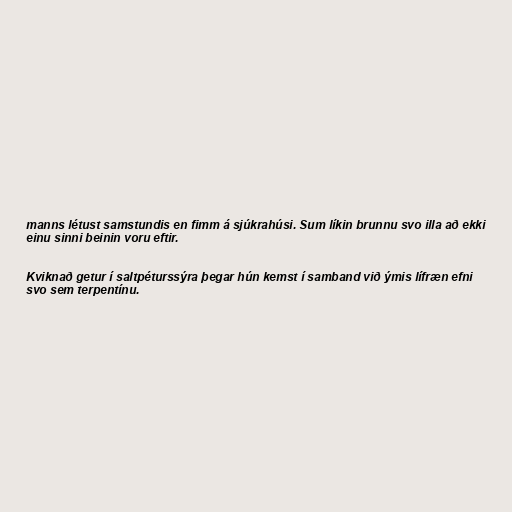
manns létust samstundis en fimm á sjúkrahúsi. Sum líkin brunnu svo illa að ekki
einu sinni beinin voru eftir.

Kviknað getur í saltpéturssýra þegar hún kemst í samband við ýmis lífræn efni
svo sem terpentínu.